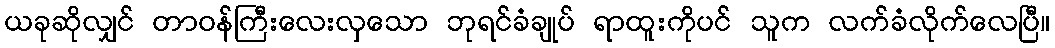
ယခုဆိုလျှင် တာဝန်ကြီးလေးလှသော ဘုရင်ခံချုပ် ရာထူးကိုပင် သူက လက်ခံလိုက်လေပြီ။